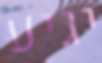
יגיע